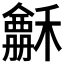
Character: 𥣃